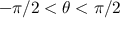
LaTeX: - \pi / 2 < \theta < \pi / 2